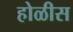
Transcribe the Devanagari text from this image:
होळीस